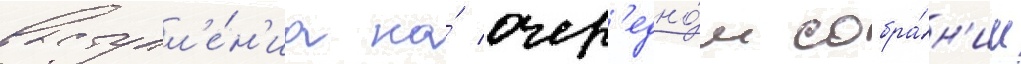
выступл'е́н'иа на́ очер'едно́м собра́н'ии